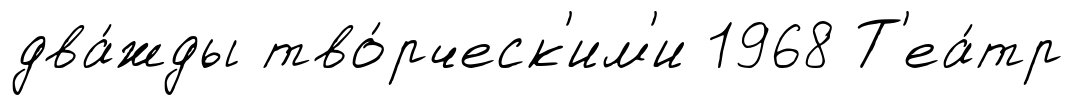
два́жды тво́рческ'им'и 1968 Т'еа́тр